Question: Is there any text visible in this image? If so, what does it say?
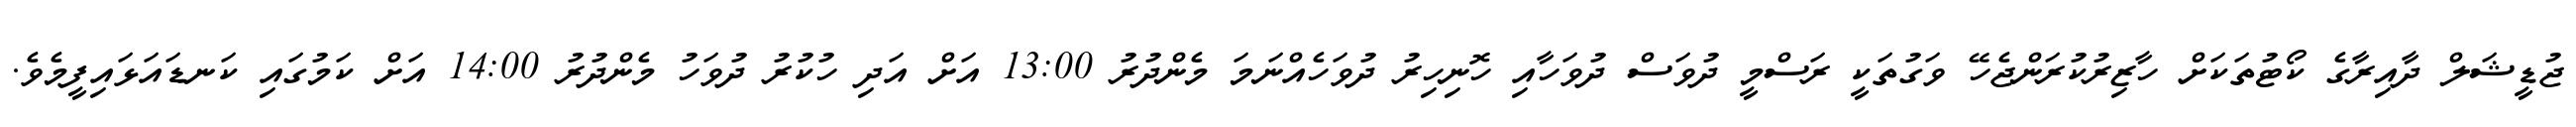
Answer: ޖުޑީޝަލް ދާއިރާގެ ކޯޓުތަކަށް ހާޒިރުކުރަންޖެހޭ ވަގުތަކީ ރަސްމީ ދުވަސް ދުވަހާއި ހޮނިހިރު ދުވަހެއްނަމަ މެންދުރު 13:00 އަށް އަދި ހުކުރު ދުވަހު މެންދުރު 14:00 އަށް ކަމުގައި ކަނޑައަޅައިފީމެވެ.